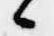
候